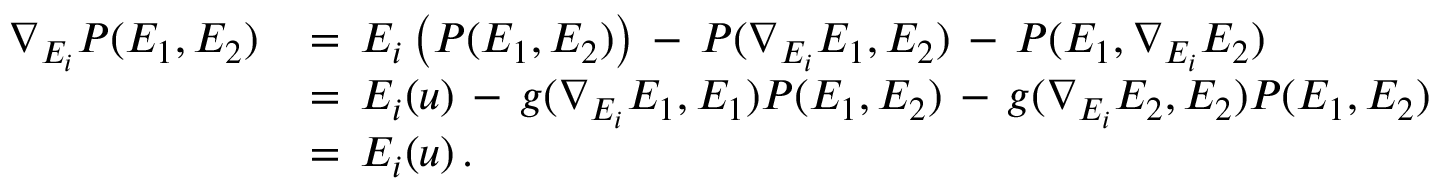
\begin{array} { r l } { \nabla _ { E _ { i } } P ( E _ { 1 } , E _ { 2 } ) \, } & { = \, E _ { i } \left( P ( E _ { 1 } , E _ { 2 } ) \right) \, - \, P ( \nabla _ { E _ { i } } E _ { 1 } , E _ { 2 } ) \, - \, P ( E _ { 1 } , \nabla _ { E _ { i } } E _ { 2 } ) } \\ & { = \, E _ { i } ( u ) \, - \, g ( \nabla _ { E _ { i } } E _ { 1 } , E _ { 1 } ) P ( E _ { 1 } , E _ { 2 } ) \, - \, g ( \nabla _ { E _ { i } } E _ { 2 } , E _ { 2 } ) P ( E _ { 1 } , E _ { 2 } ) } \\ & { = \, E _ { i } ( u ) \, . } \end{array}